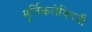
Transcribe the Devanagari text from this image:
मूर्तिकलेविषयी